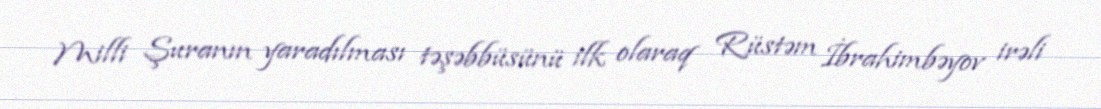
Milli Şuranın yaradılması təşəbbüsünü ilk olaraq Rüstəm İbrahimbəyov irəli